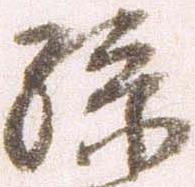
孫